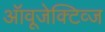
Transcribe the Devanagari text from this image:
ऑवूजेक्टिव्ज